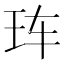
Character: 𰡰